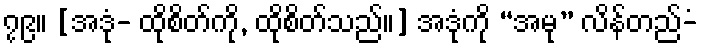
၇၉။ [အဒုံ- ထိုစိတ်ကို, ထိုစိတ်သည်။] အဒုံကို “အမု” လိန်တည်-ံ